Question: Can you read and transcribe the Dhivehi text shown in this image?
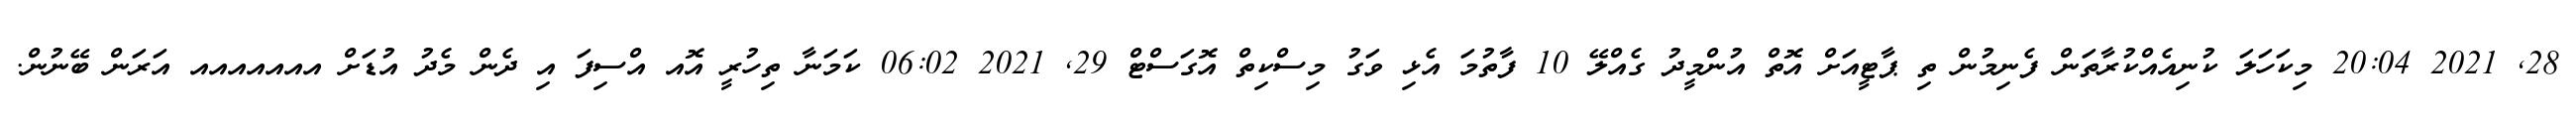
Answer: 28, 2021 20:04 މިކަހަލަ ކުނިއެއްކުރާތަން ފެނިމުން ތި ޕާޓީއަށް އޮތް އުންމީދު ގެއްލޭ 10 ފާތުމަ އެޅި ވަގު މިސްކިތް އޮގަސްޓް 29, 2021 06:02 ކަމަނާ ތިހުރީ އޮއ އްސިފަ އި ދެން މެދު އުޑަށް އއއއއއއ އަރަން ބޭނުން.